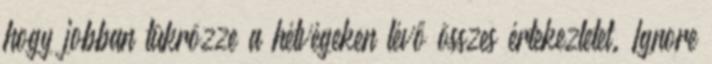
hogy jobban tükrözze a hétvégeken lévő összes értekezletet. Ignore